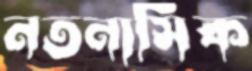
নতনাসিক